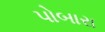
પોબારા